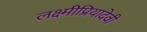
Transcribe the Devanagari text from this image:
लक्ष्मीप्रियादेवी